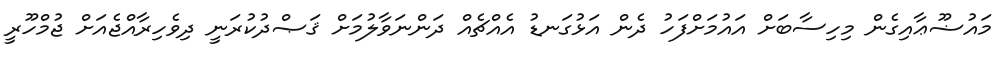
މައުޟޫޢާއިގެން މިހިސާބަށް އައުމަށްފަހު ދެން އަޅުގަނޑު އެއްޗެއް ދަންނަވާލުމަށް ޤަޞްދުކުރަނީ ދިވެހިރާއްޖެއަށް ޖުމްހޫރީ